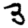
Digit: 3